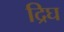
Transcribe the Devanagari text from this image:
द्रिघ